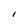
Character: l